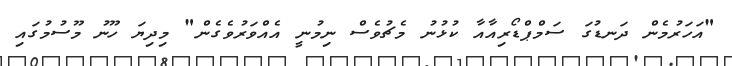
"އަހަރުމެން ދަނޑުގަ ސަމްޕްޑޯރިއާއާ ކުޅުނު މެޗުވެސް ނިމުނީ އެއްވަރުވެގެން" މިދިޔަ ހޫނު މޫސުމުގައި